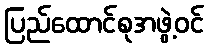
ပြည်ထောင်စုအဖွဲ့ဝင်